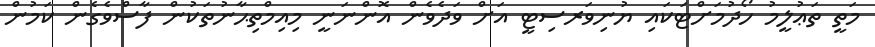
މަތީ ތަޢުލީމު ހޯދުމަށްޓަކައި ޔުނިވަރސިޓީ އަށް ވަދެވެން އޮންނަނީ މިއިމްތިޙާނުތަކުން ފާސްވެގެން ކަމުން